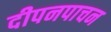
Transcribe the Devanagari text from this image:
दीपनपाचन